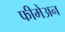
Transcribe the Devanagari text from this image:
फीमेअन